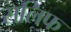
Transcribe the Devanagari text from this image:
सलिफ